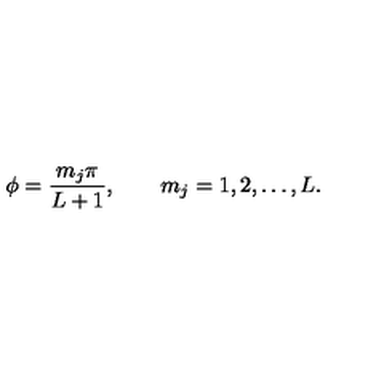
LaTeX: \phi = \frac { m _ { j } \pi } { L + 1 } , \qquad m _ { j } = 1 , 2 , \ldots , L .